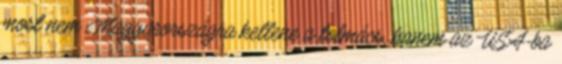
most nem Magyarországra kellene a tolmács, hanem az USA-ba